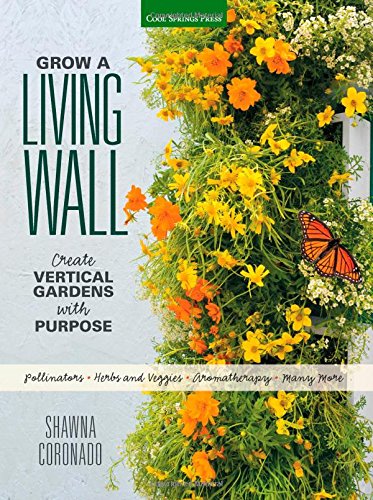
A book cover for Grow a Living Wall: Create Vertical Gardens with Purpose: Pollinators - Herbs and Veggies - Aromatherapy - Many More; Shawna Coronado; Crafts, Hobbies & Home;